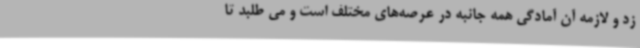
زد و لازمه آن آمادگی همه جانبه در عرصه‌های مختلف است و می طلبد تا